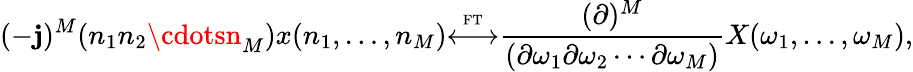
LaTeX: (-\mathbf{j})^{M}(n_{1}n_{2}\cdotsn_{M})x(n_{1},\ldots,n_{M}){\overset{\underset{\mathrm{{FT}}}{}}{\longleftrightarrow}}{\frac{{(\partial)^{M}}}{{(\partial\omega_{1}\partial\omega_{2}\cdots\partial\omega_{M})}}}X(\omega_{1},\ldots,\omega_{M}),